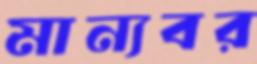
মান্যবর